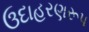
ઉદાહરણરૂપ